Lunatic asylums Madras 1892-1911 - 1892-1911
Year: 1892
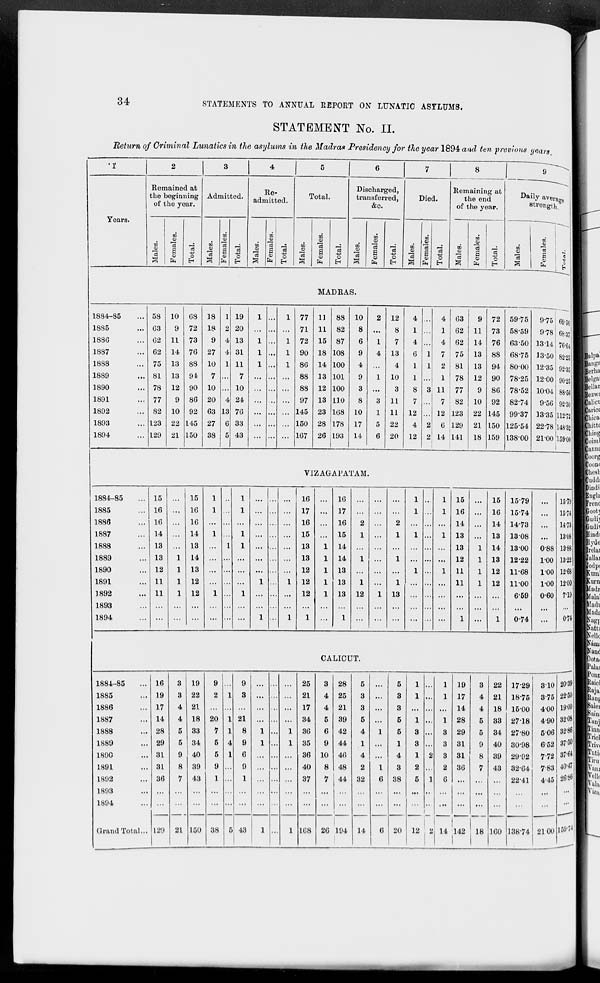
34
STATEMENTS TO ANNUAL REPORT ON LUNATIC ASYLUMS.
STATEMENT No. II.
Return of Criminal Lunatics in the asylums in the Madras Presidency for the year 1894 and ten previous years
1
Years.
2
Remained at
the beginning
of the year.
Males.
Females.
Total.
3
Admitted.
Males.
Females.
Total.
4
Re-
admitted.
Males.
Females.
Total.
5
Total.
Males.
Females.
Total.
6
Discharged,
transferred,
&c.
Males.
Females.
Total.
7
Died.
Males.
Females.
Total.
8
Remaining at
the end
of the year.
Males.
Females.
Total.
9
Daily average
strength.
Males.
Females.
Total.
MADRAS.
1884—85
1885
1886
1887
1888
1889
1890
1891
1892
1893
1894
58
63
62
62
75
81
78
77
82
123
129
10
9
11
14
13
13
12
9
10
22
21
68
72
73
76
88
94
90
86
92
145
150
18
18
9
27
10
7
10
20
63
27
38
1
2
4
4
1
...
...
4
13
6
5
19
20
13
31
11
7
10
24
76
33
43
1
...
1
1
1
...
...
...
...
...
...
...
...
...
...
...
...
...
...
...
...
...
1
...
1
1
1
...
...
...
...
...
...
77
71
72
90
86
88
88
97
145
150
167
11
11
15
18
14
13
12
13
23
28
26
88
82
87
108
100
101
100
110
168
178
193
10
8
6
9
4
9
3
8
10
17
14
2
...
1
4
...
1
...
3
1
5
6
12
8
7
13
4
10
3
11
11
22
20
4
1
4
6
1
1
8
7
12
4
12
...
...
...
1
1
...
3
...
...
2
2
4
1
4
7
2
1
11
7
12
6
14
63
62
62
75
81
78
77
82
123
129
141
9
11
14
13
13
12
9
10
22
21
18
72
73
76
88
94
90
86
92
145
150
159
59.75
58.59
63.50
68.75
80.00
78.25
78.52
82.74
99.37
125.54
138.00
9.75
9.78
13.14
13.50
12.35
12.00
10.04
9.56
13.35
22.78
21.00
69.50
68.37
76.64
82.25
92.35
90.25
88.56
92.30
112.72
148.32
159.00
VIZAGAPATAM.
1884—85 ...
1885 ...
1886 ...
1887 ...
1888 ...
1889 ...
1890 ...
1891 ...
1892 ...
1893 ...
1894 ...
15
16
16
14
13
13
12
11
11
...
...
...
...
...
...
...
1
1
1
1
...
...
15
16
16
14
13
14
13
12
12
...
...
1
1
...
1
...
...
...
...
1
...
...
...
...
...
...
1
...
...
...
...
...
...
1
1
...
1
1
...
...
...
1
...
...
...
...
...
...
...
...
...
1
...
...
1
...
...
...
...
...
...
...
...
...
...
...
...
...
...
...
...
...
...
1
...
...
1
16
17
16
15
13
13
12
12
12
...
1
...
...
...
...
1
1
1
1
1
...
...
16
17
16
15
14
14
13
13
13
...
1
...
...
2
1
...
1
...
1
12
...
...
...
...
...
...
...
...
...
...
1
...
...
...
...
2
1
...
1
...
1
13
...
...
1
1
...
1
...
...
1
...
...
...
...
...
...
...
...
...
...
...
...
...
...
...
1
1
...
1
...
...
1
...
...
...
...
15
16
14
13
13
12
11
11
...
...
1
...
...
...
...
1
1
1
1
...
...
...
15
16
14
13
14
13
12
12
...
...
1
15.79
15.74
14.73
13.08
13.00
12.22
11.68
11.00
6.59
...
0.74
...
...
...
...
0.88
1.00
1.00
1.00
0.60
...
...
15.79
15.74
14.73
13.08
13.88
13.22
12.68
12.00
7.19
...
0.74
CALICUT.
1884—85 ...
1885 ...
1886 ...
1887 ...
1888 ...
1889 ...
1890 ...
1891 ...
1892 ...
1893 ...
1894 ...
Grand Total...
16
19
17
14
28
29
31
31
36
...
...
129
3
3
4
4
5
5
9
8
7
...
...
21
19
22
21
18
33
34
40
39
43
...
...
150
9
2
...
20
7
5
5
9
1
...
...
38
...
1
...
1
1
4
1
...
...
...
...
5
9
3
...
21
8
9
6
9
1
...
...
43
...
...
...
...
1
1
...
...
...
...
1
...
...
...
...
...
...
...
...
...
...
...
...
...
...
...
1
1
...
...
...
...
...
1
25
21
17
34
36
35
36
40
37
...
...
168
3
4
4
5
6
9
10
8
7
...
...
26
28
25
21
39
42
44
46
48
44
...
...
194
5
3
3
5
4
1
4
2
32
...
...
14
...
...
...
...
1
...
...
1
6
...
...
6
5
3
3
5
5
1
4
3
38
...
...
20
1
1
...
1
3
3
1
2
5
...
...
12
...
...
...
...
...
...
2
...
1
...
...
2
1
1
...
1
3
3
3
2
6
...
...
14
19
17
14
28
29
31
31
36
...
...
...
142
3
4
4
5
5
9
8
7
...
...
...
18
22
21
18
33
34
40
39
43
...
...
...
160
17.29
18.75
15.00
27.18
27.80
30.98
29.92
32.64
22.41
...
...
138.74
3.10
3.75
4.00
4.90
5.06
6.52
7.72
7.83
4.45
...
...
21.00
20.39
22.50
19.00
32.08
32.86
37.50
37.64
40.47
26.86
...
...
159.74